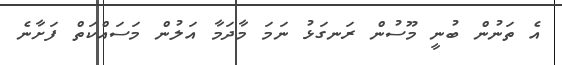
އެ ތަނުން ބުނީ މޫސުން ރަނގަޅު ނަމަ މާދަމާ އަލުން މަސައްކަތް ފަށާނެ